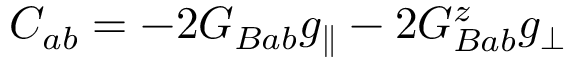
{ \cal C } _ { a b } = - 2 G _ { B a b } g _ { \parallel } - 2 G _ { B a b } ^ { z } g _ { \perp }